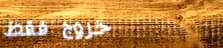
خروج فقط